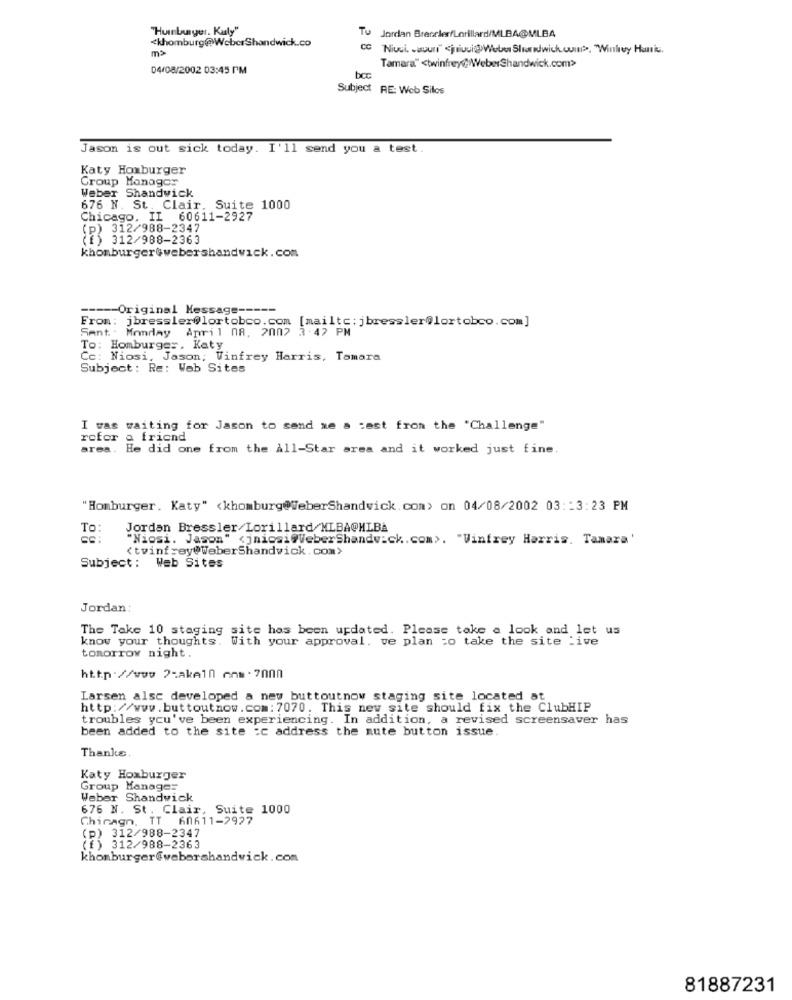
"Humburger. Kuly"
To
Jordan BrecclerfLorillard/MLBA@MLBA
<khomburg@WeberShandwick.co
m>
CC
Niusi. auuni" <jniuuidWeber Shandwick.cum>, "Winfrey Hunis.
04/08/2002 03:45 PM
Tamara" <twinfrey@:/WeberShandwick.com>>
Subject RE: Web Silos
Jason is out sick today. I'll send you a test.
Katy Homburger
Group Manager
Weber Shandwick
676 N. St. Clair, Suite 1000
Chicago. IL 60611-2927
(P) 312/988-2347
(E) 312/988-2363
khomburger@webershandwick.com
----- Original Message -----
From: jbressler@lortobco.com [mailtc: jbressler@lortobco.com]
From:
Sent : Monday April OR, 2002 3:42 PM
To: Homburger, Katy
Cc: Niosi. Jason; Vinfrey Harris, Tamara
Subject: Re: Web Sites
I was waiting for Jason to send me a test from the "Challenge"
rofor a friend
area. He did one from the All-Star area and it worked just fine.
"Homburger, Katy" <khomburg@WeberShandwick.com> on 04/08/2002 03 :: 3:23 PM
To:
Jordan Bressler/Lorillard/MLBA@HIBA
"Niosi. Jason" <jniesi@WeberShandwick. com>. "Winfrey Harris. Tamara'
<twinfrey@WeberShandwick.com>
Subject: Web Sites
Jordan:
The Take 10 staging site has been updated. Please take a look and let us
know your thoughts. With your approval. ve plan to take the site :ive
tomorrow night.
http://www 2-akell ons .7000
Larsen alsc developed a new buttoutnow staging site located at
http://www.buttoutnow.com: 7070. This new site should fix the ClubHIP
troubles you've been experiencing. In addition, a revised screensaver has
been added to the site :c address the mute button issue.
Thanks
Katy Homburger
Group Manager
Weber Shandwick
676 N. St . Clair, Suite 1000
Chinagn. TT 60611-2927
(P) 312/988-2347
(E) 312/988-2363
khomburger@webershandwick.com
81887231